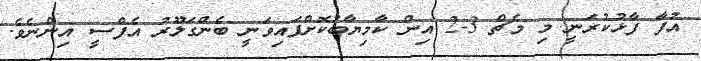
އުފާ ފާޅުކުރަނީ މި މެޗް 3-2 އިން ކާމިޔާބުކޮށްފައިވަނީ ބެންގަލޫރު އެފްސީ އިންނެވެ.